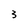
Character: 3